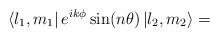
LaTeX: \begin{align*}\left\langle l_1, m_1 \right| e^{i k \phi} \sin(n \theta) \left| l_2 , m_2\right\rangle=~~~~~~~~~~~~~~~~~~~~~~~~~~~~~~~~~~~~~~~~~~~~~~~~~~~~~~~~~~~~~~~~\end{align*}